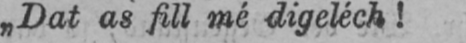
„Dat as fill mé digeléch!